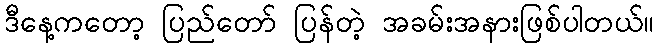
ဒီနေ့ကတော့ ပြည်တော် ပြန်တဲ့ အခမ်းအနားဖြစ်ပါတယ်။